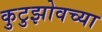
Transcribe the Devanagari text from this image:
कुटुझोवच्या